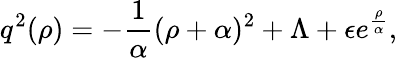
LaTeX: q^{2}(\rho)=-{\frac{1}{\alpha}}(\rho+\alpha)^{2}+\Lambda+\epsilon e^{\frac{\rho}{\alpha}},